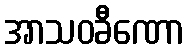
အာသဝခီဏော